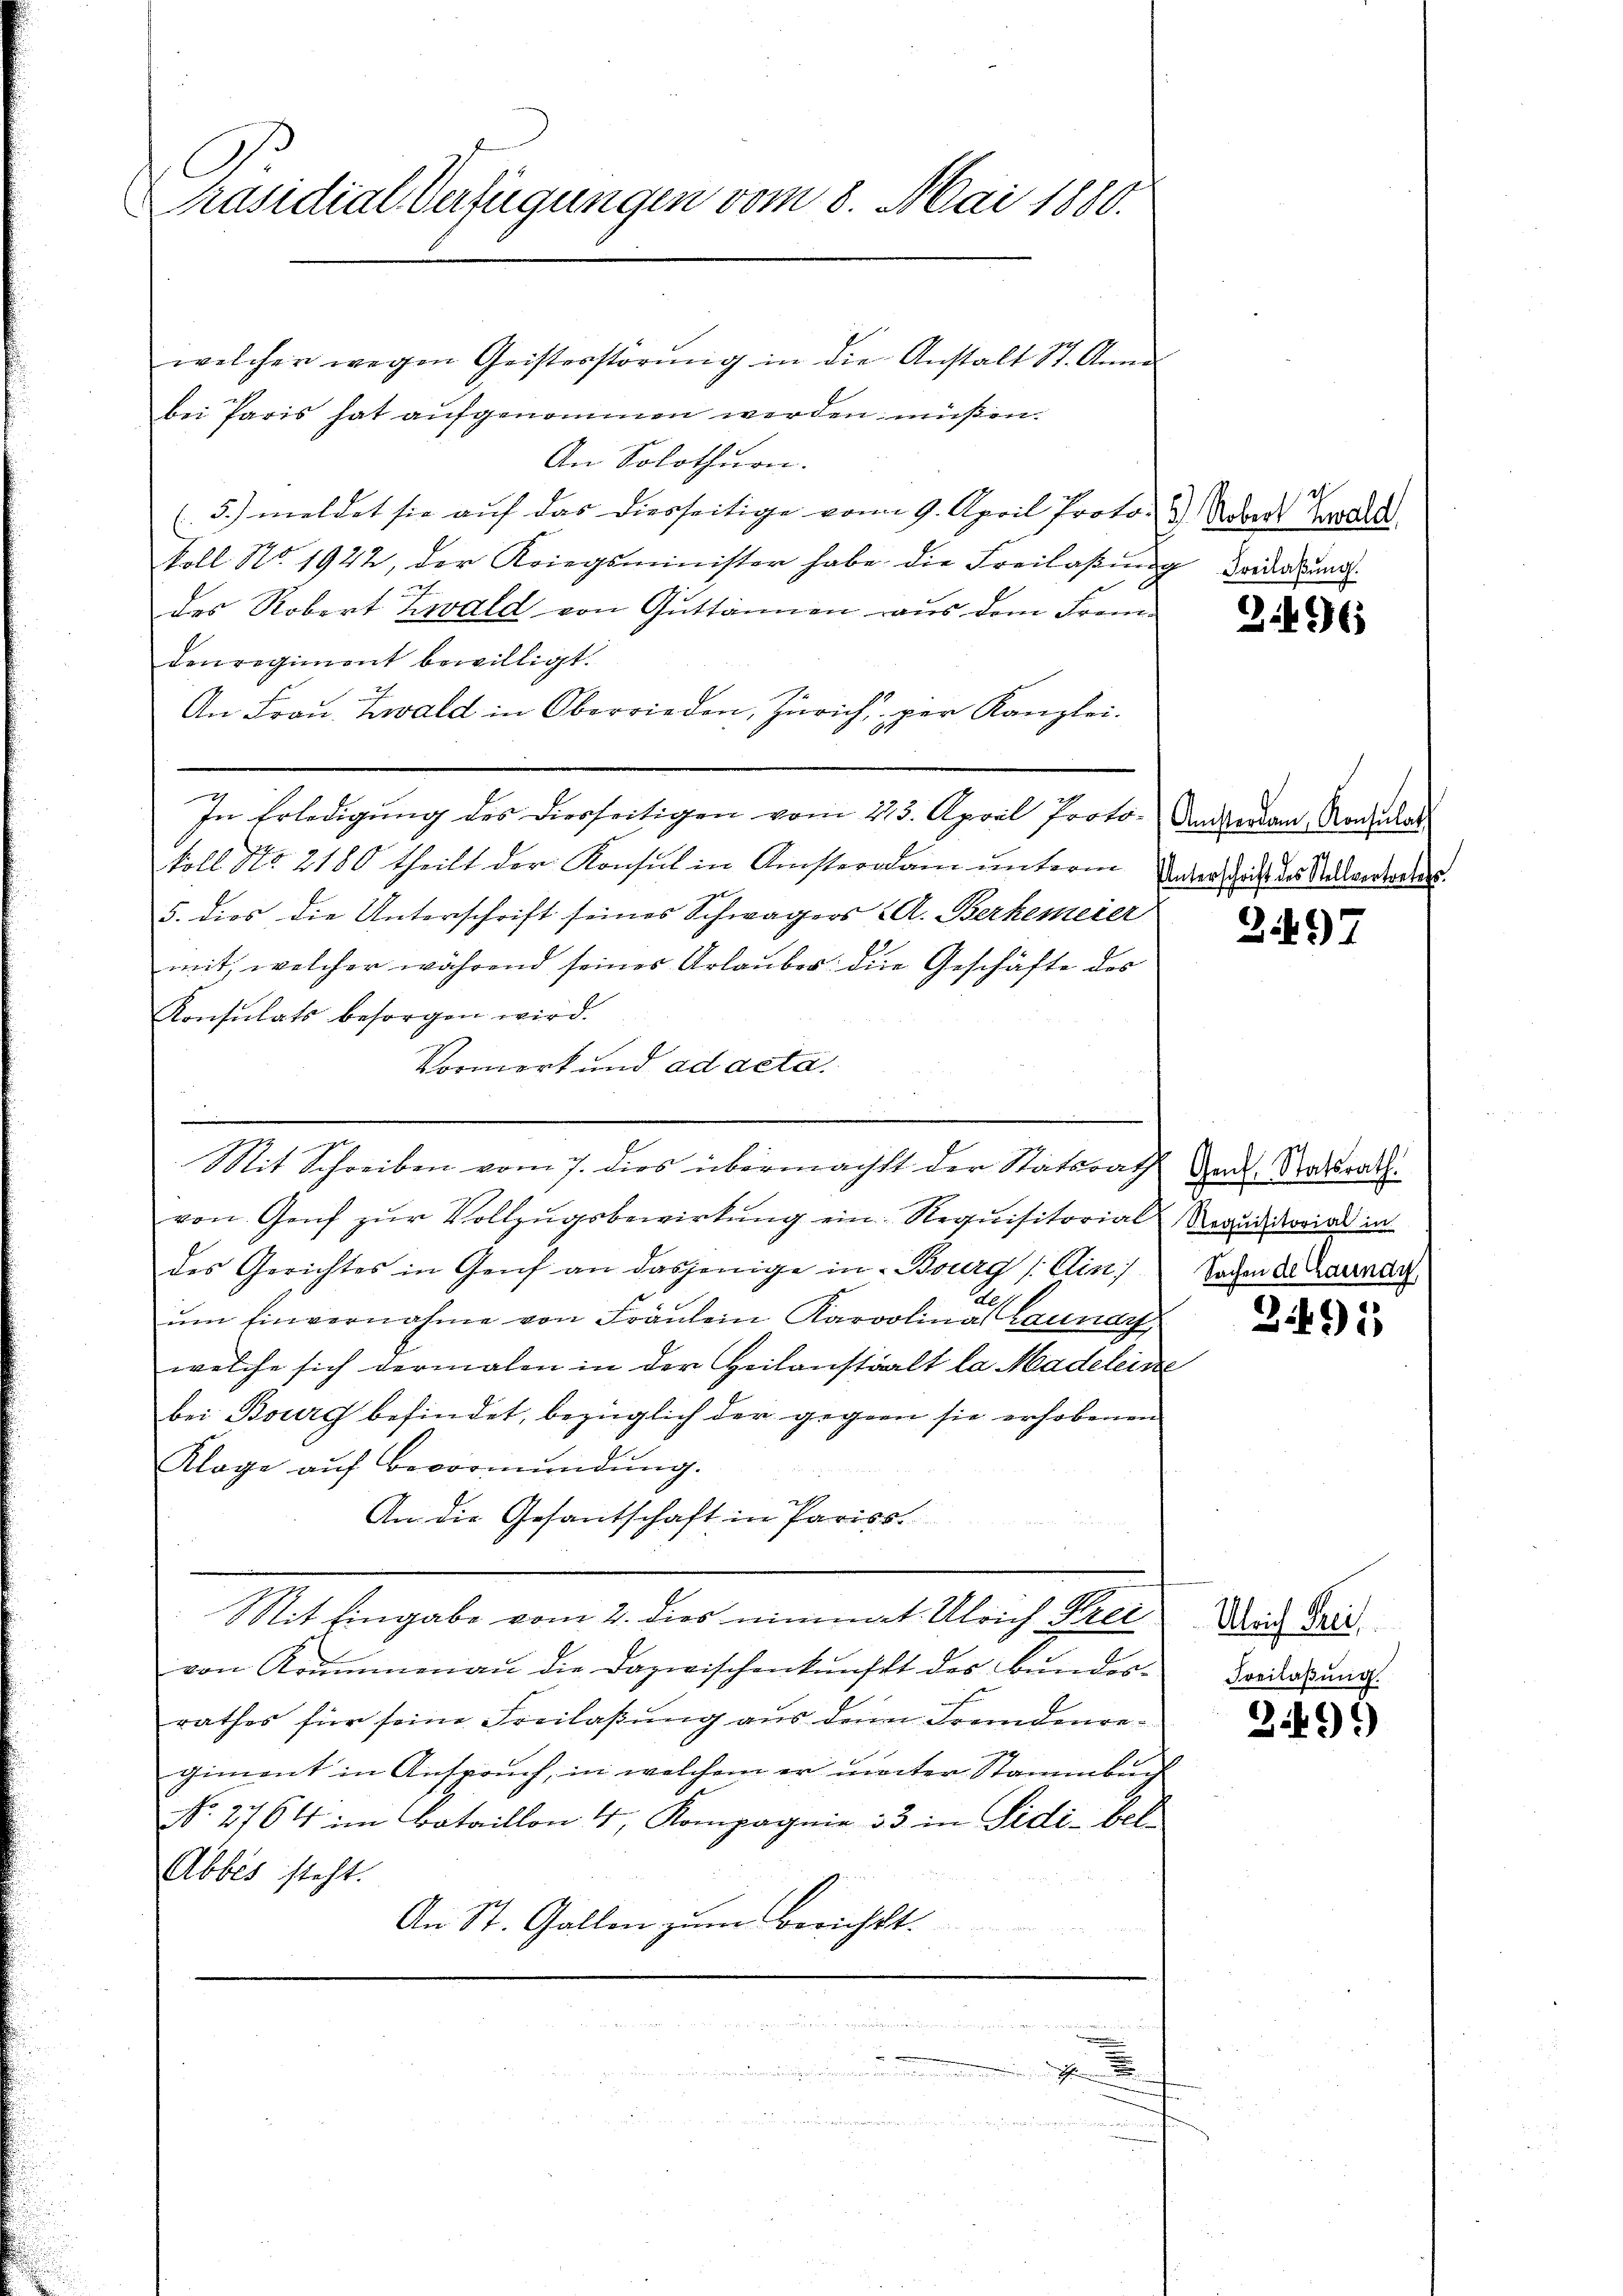
C
Präsidial-Verfügungen vom 8. Mai 1880.

welcher wegen Geisterstörŭng in die Anstalt St. Anna
bei Paris hat aufgenommen werden müßen.
An Solothurn.
(5.) meldet sie aŭf das diesseitige vom 9. April Proto- 3) Stadt Zw
koll No. 1922, der Kriegsminister habe die Freilaßung vorderung.
ach
des Robert zwald von Guttannen aus dem Freudenregiment bewilligt.
An Frau. Zwald in Oberrieden, Zürich per Kanzlei.
In Erledigung des diesseitigen vom 213. April Proto- Anderen Nachlas
toll No 2180 theilt der Konsul in Ansterdam unterm Faden des des Antwederger.
5. dies die Unterschrift seines Schwagers & A. Berhemeier
mit, welcher während seines Urlauber: die Geschäfte des
Konsulats besorgen wird.
Vormerk und ad acta.

von Genf zur Vollzugsbewirkung ein Requisitorial Rauditowird in
des Gerichtes in Genf an dasjenige in Bourg (Cin
ŭm Einvernahme von Fräŭlein Karolina Launer
welche sich dermalen in der Heilanstalt la Madeleine
bei Bourg befindet, bezüglich der gegen sie erhobenen
Klage aŭf Bevormŭndŭng.
An die Gesantschaft in Pariss.

Mit Eingabe vom 2. dies nimmat. Ulrich Strei
von Krummenau die Dazwischenkunft des Bundesrathes für seine Freilaßung aus dem Fremdenregiment in Anspruch, in welchem er unter Stammbach
No. 2764 im Bataillon 4, Kompagnie 33 in Sidi-bel¬
Abbes steht.
An St. Gallen zum Berichtt.

Mit Schreiben vom 7. dies übermacht der Statsrath Gad. Ratsrath.

.

346

3497

Sachen de Launay,

3495

Ulrich Preis
Freilassung.

3.499